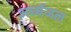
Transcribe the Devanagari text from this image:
अर्घ्यजल